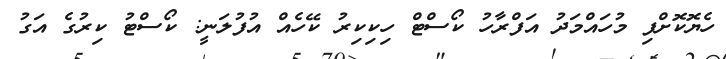
ހެޔޮކޮށްފި މުހައްމަދު އަފްރާހު ކޯސްޓް ހިކިކިރު ކޭހެއް އުފުލަނީ: ކޯސްޓު ކިރުގެ އަގު